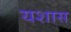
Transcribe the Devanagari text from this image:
यशास